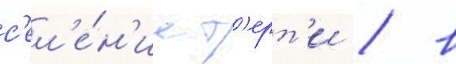
с'ел'е́н'ие т'ерт'и / в